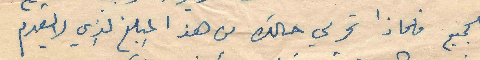
للجميع فلماذا تحرمي حالك من هذا المبلغ الذي لا يقدم